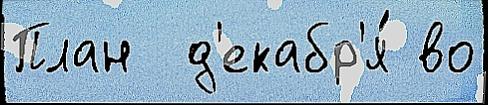
План  д'екабр'я́ во